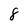
Character: 8